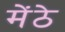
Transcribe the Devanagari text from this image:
मेंठे